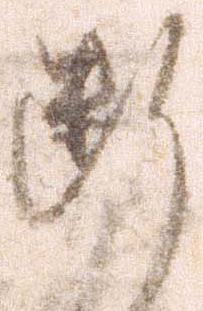
断